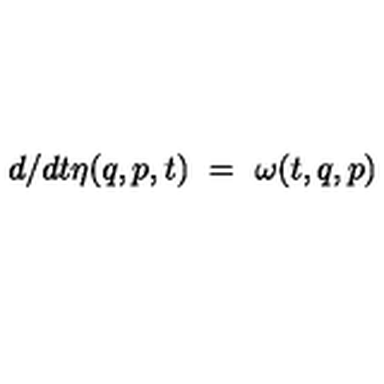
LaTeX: { d } / { d t } \eta ( q , p , t ) \ = \ \omega ( t , q , p )